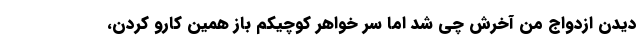
دیدن ازدواج من آخرش چی شد اما سر خواهر کوچیکم باز همین کارو کردن،